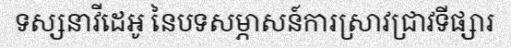
ទស្សនាវីដេអូ នៃបទសម្ភាសន៍ការស្រាវជ្រាវទីផ្សារ